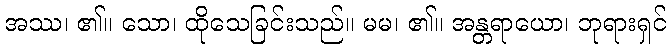
အဿ၊ ၏။ သော၊ ထိုသေခြင်းသည်။ မမ၊ ၏။ အန္တရာယော၊ ဘုရားရှင်